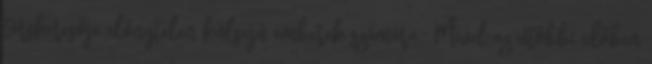
társkeresője előnytelen külsejű emberek számára." Mivel az utóbbi időben